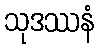
သုဒဿနံ